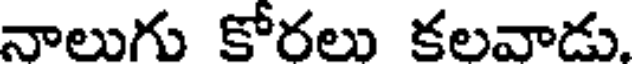
నాలుగు కోరలు కలవాడు.